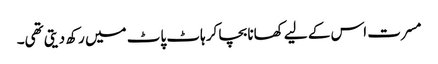
مسرت اس کے لیے کھانا بچا کر ہاٹ پاٹ میں رکھ دیتی تھی۔